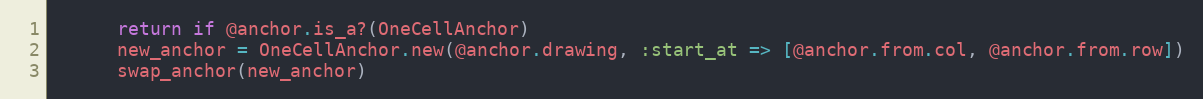
Language: Ruby
      return if @anchor.is_a?(OneCellAnchor)
      new_anchor = OneCellAnchor.new(@anchor.drawing, :start_at => [@anchor.from.col, @anchor.from.row])
      swap_anchor(new_anchor)